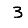
Digit: 3